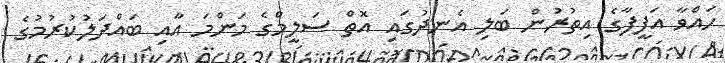
ހައްވާ އަފީފާގެ އިތުރުން ބަލި އެނދުގައި އޮތް ސަލީމްގެ މަންމަ އާއި ބައްދަލުކުރުމުގެ